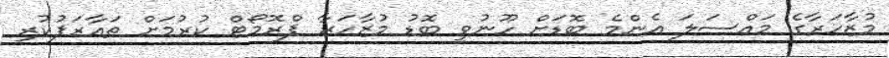
މުޒާހަރާގެ މައްސަލަ އެންމެ ބޮޑަށް ހޫނުވީ ބޮޑު މުޒާހަރާ ޕްރޮމޯޓް ކުރުމަށް ތައާރަފުކުރި